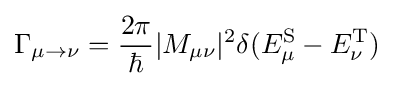
\Gamma _{\mu \to \nu }={\frac {2\pi }{\hbar }}|M_{\mu \nu }|^{2}\delta (E_{\mu }^{\text{S}}-E_{\nu }^{\text{T}})